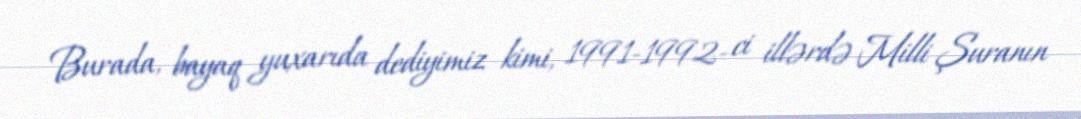
Burada, bayaq yuxarıda dediyimiz kimi, 1991-1992- ci illərdə Milli Şuranın